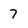
Character: 7